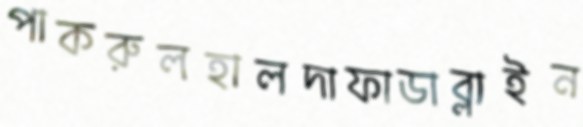
পাকরুলহালদাফাডাব্লাইন